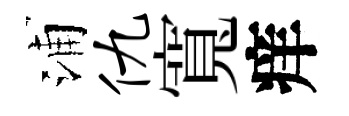
浦仇寬痒